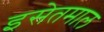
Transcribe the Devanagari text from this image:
इसेतमाल